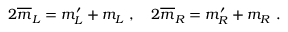
2 \overline { { { m } } } _ { L } = m _ { L } ^ { \prime } + m _ { L } \ , \ \ \ 2 \overline { { { m } } } _ { R } = m _ { R } ^ { \prime } + m _ { R } \ .